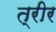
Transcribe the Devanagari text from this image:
त्रीर